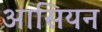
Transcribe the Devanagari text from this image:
आसियन